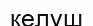
келүш